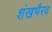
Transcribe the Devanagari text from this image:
शंखभैरव